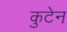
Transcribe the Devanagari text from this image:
कुटेन